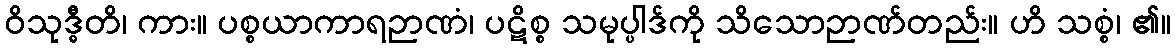
ဝိသုဒ္ဓီတိ၊ ကား။ ပစ္စယာကာရဉာဏံ၊ ပဋိစ္စ သမုပ္ပါဒ်ကို သိသောဉာဏ်တည်း။ ဟိ သစ္စံ၊ ၏။